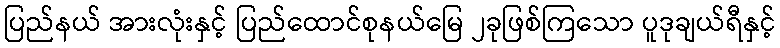
ပြည်နယ် အားလုံးနှင့် ပြည်ထောင်စုနယ်မြေ ၂ခုဖြစ်ကြသော ပူဒုချယ်ရီနှင့်